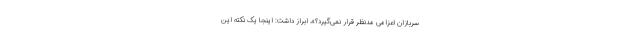
سربازان اعزامی مدنظر قرار نمی‌گیرد؟»، ابراز داشت: اینجا یک نکته این